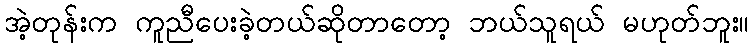
အဲ့တုန်းက ကူညီပေးခဲ့တယ်ဆိုတာတော့ ဘယ်သူရယ် မဟုတ်ဘူး။